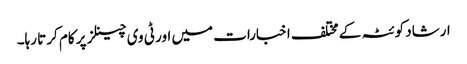
ارشاد کوئٹہ کے مختلف اخبارات میں اور ٹی وی چینلز پر کام کرتا رہا۔